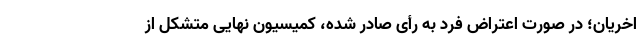
اخریان؛ در صورت اعتراض فرد به رأی صادر شده، کمیسیون نهایی متشکل از